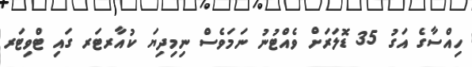
ހިއްސާގެ އަގު 35 ޑޮލަރަށް ވެއްޓުނު ނަމަވެސް ނިމިދިޔަ ކުއާރޓަރ ގައި ޓްވިޓަރ